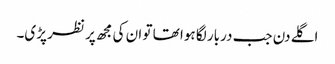
اگلے دن جب دربار لگا ہوا تھا تو ان کی مجھ پر نظر پڑی۔